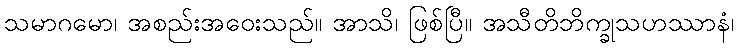
သမာဂမော၊ အစည်းအဝေးသည်။ အာသိ၊ ဖြစ်ပြီ။ အသီတိဘိက္ခုသဟဿာနံ၊